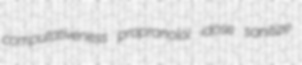
computativeness propranolol idose sanitize